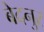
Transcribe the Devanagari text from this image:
बेदनुर